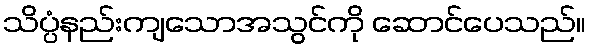
သိပ္ပံနည်းကျသောအသွင်ကို ဆောင်ပေသည်။